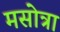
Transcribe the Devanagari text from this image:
मसोत्रा